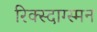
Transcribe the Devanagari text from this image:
रिक्स्दाग्स्मन